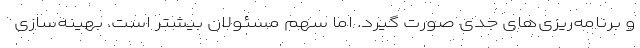
و برنامه‌ریزی‌های جدی صورت گیرد. اما سهم مسئولان بیشتر است. بهینه‌سازی